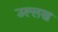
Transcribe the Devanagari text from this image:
उल्लख